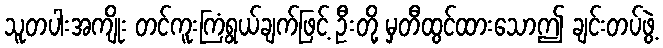
သူတပါးအကျိုး တင်ကူးကြံရွယ်ချက်ဖြင့် ဦးတို့ မှတီထွင်ထားသောဤ ချင်းတပ်ဖွဲ့